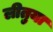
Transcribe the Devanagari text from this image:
लीतुया